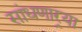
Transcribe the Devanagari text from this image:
सांधणार्‍या